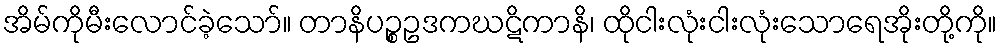
အိမ်ကိုမီးလောင်ခဲ့သော်။ တာနိပဉ္စဥဒကဃဋိကာနိ၊ ထိုငါးလုံးငါးလုံးသောရေအိုးတို့ကို။